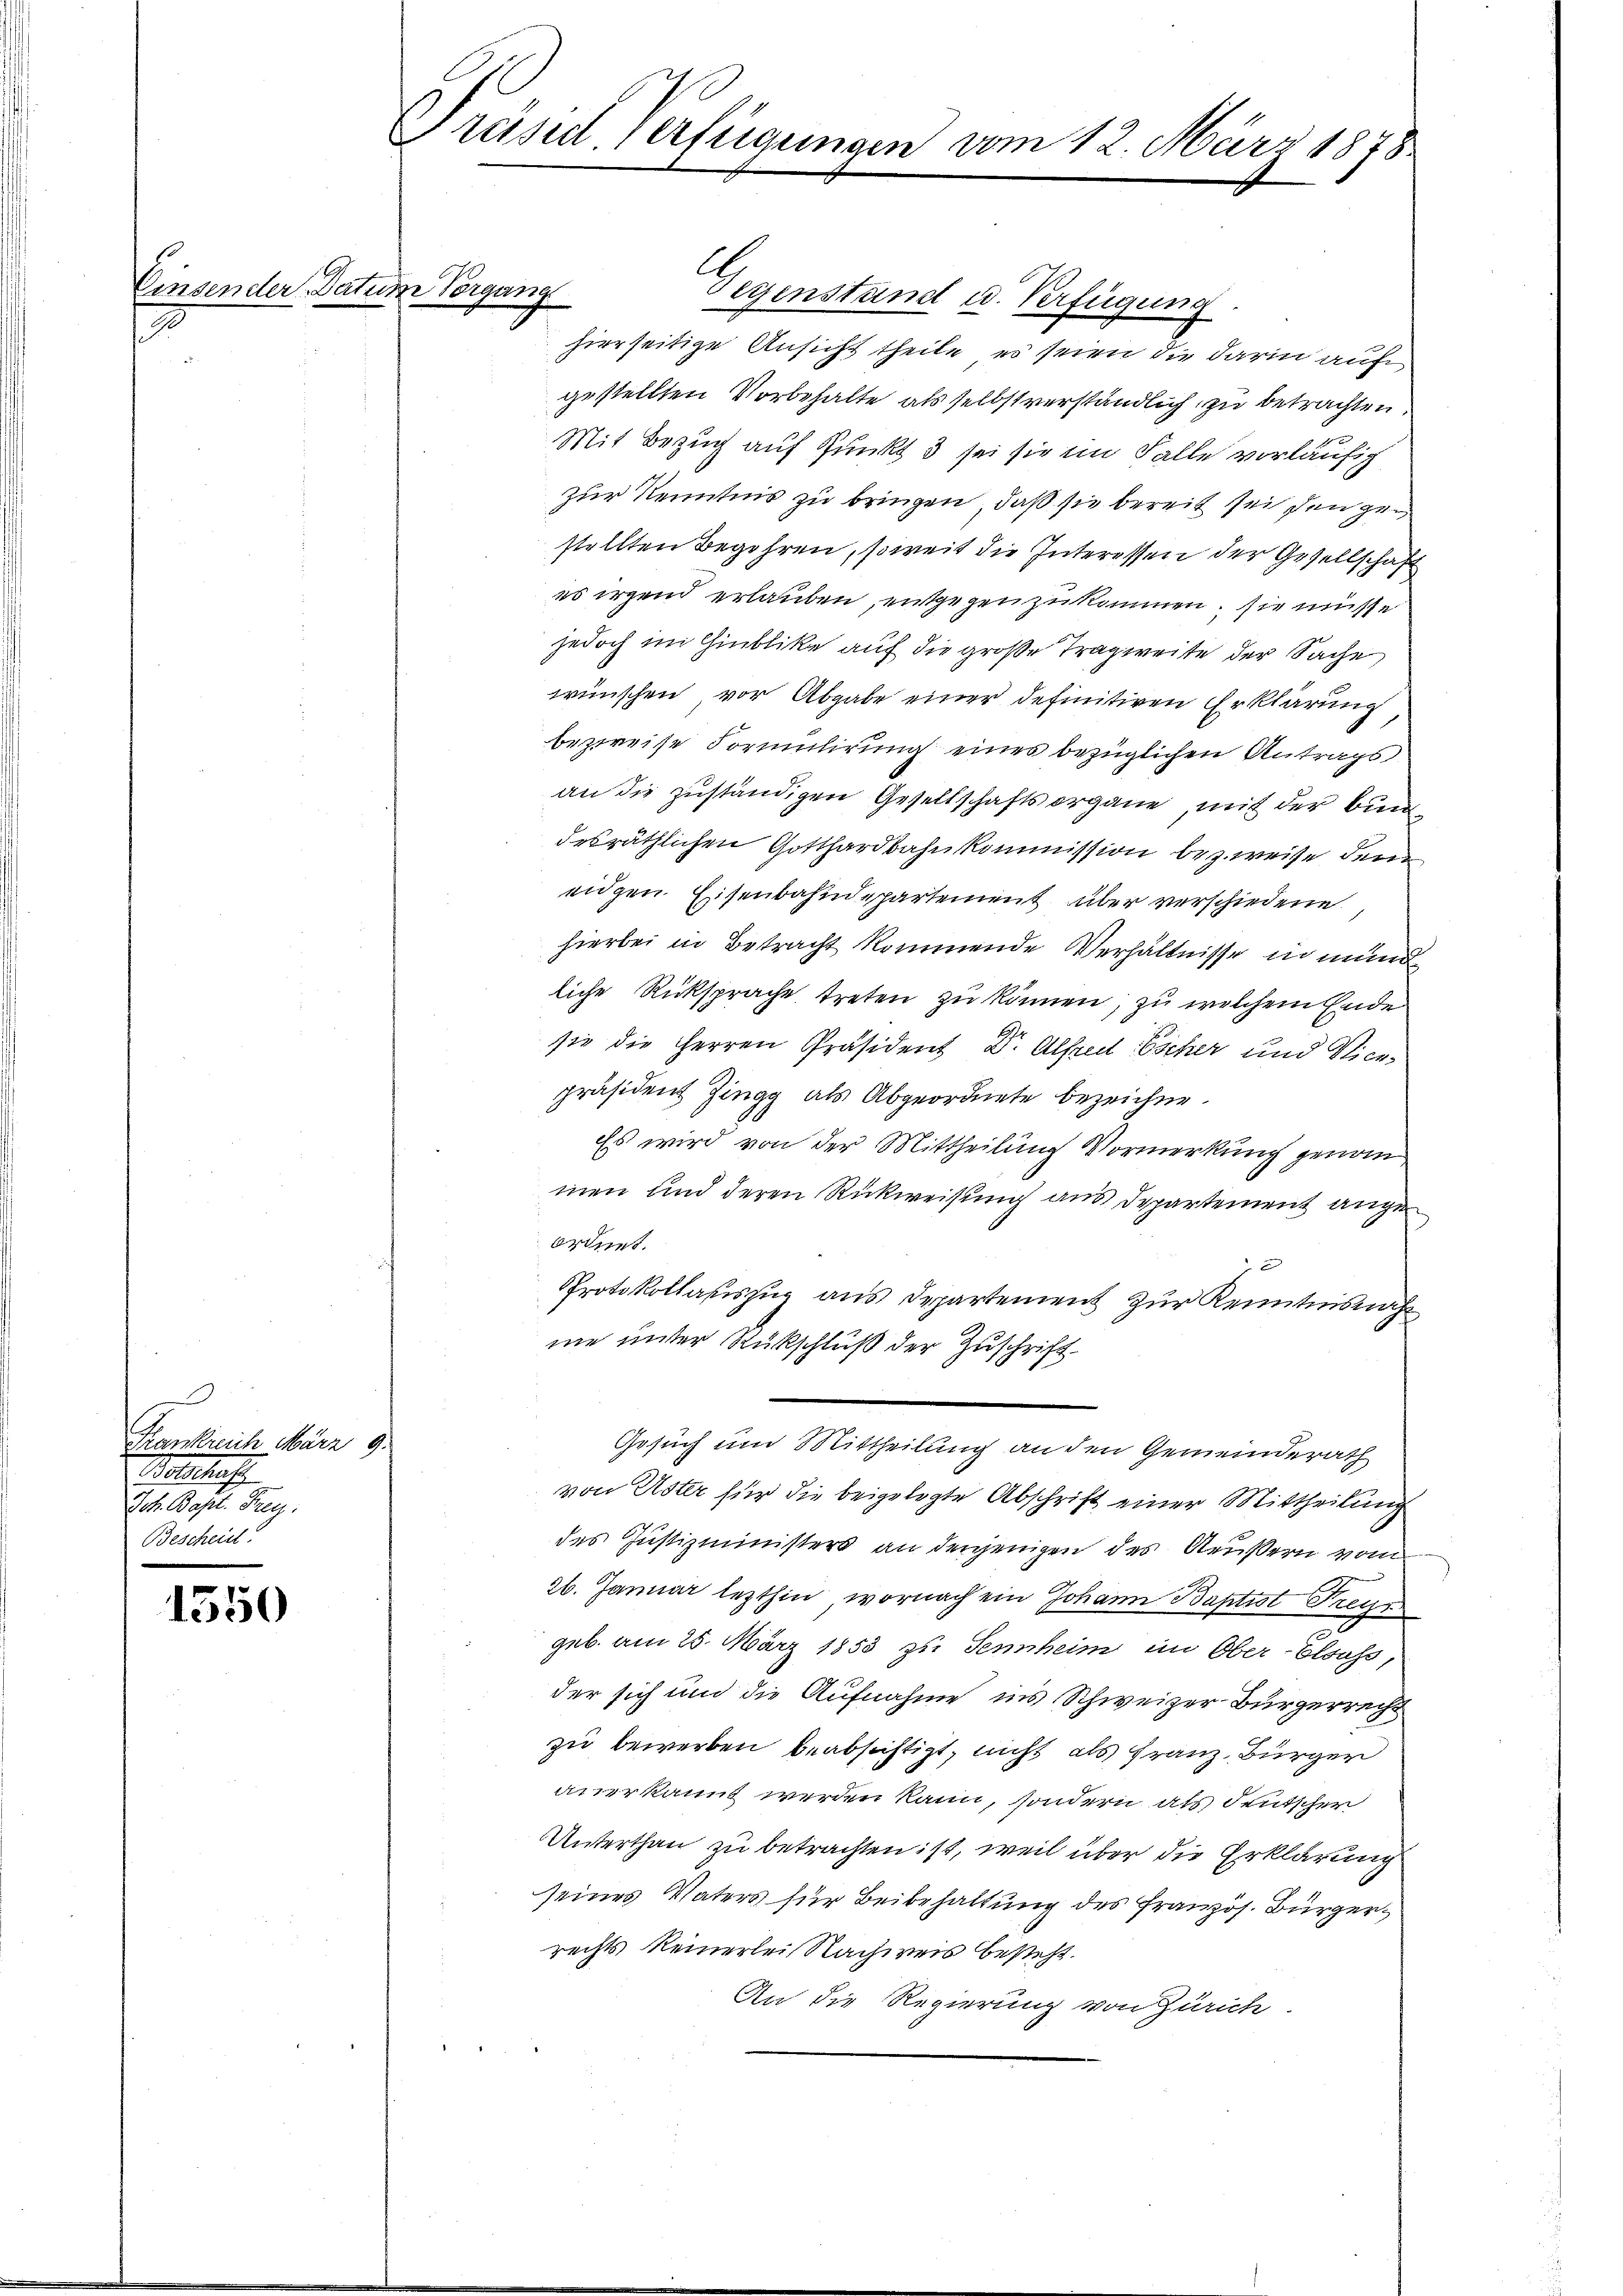
Einsender Datum Vorgang
s

1550

Frankreich März 9.
Wolthus
Jch. Bast. Frey.
Bescheint.

Präsid. Verfügungen vom 12. März 1878

Segenstand u. Verfügung
hierseitige Ansicht theile, es seien die darin auf
gestellten Vorbehalte, als selbst verständlich zu betrachten,
Mit Bezug auf Punkt 3 sei sie im Falle vorläufig
zur Kenntnis zu bringen, daß sie bereit sei den gestellten Begehren, soweit die Interessen der Gesellschaft
es irgend erlauben, entgegen zukommen, sie müsse
jedoch im Hinblike auf die große Tragweite der Sache
wünschen, vor Abgabe einer definitiven Erklärung
bezweise Formulirung eines bezüglichen Antrags
an die zuständigen Gesellschaftsorgane, mit der Bundesräthlichen Gotthardbahnkommission bezweise dem
eidgen. Eisenbahndepartement über verschiedene
hierbei in Betracht kommende Verhältnisse in mundliche Rüksprache treten zu können, zu welchem Ende
sie die Herren Präsident Dr. Alfred Escher und Vicepräsident Zingg als Abgeordnete bezeichne.
Es wird von der Mittheilung Vormerkung genom
men und deren Rückweisung aus Departement ange
ordnet.
je
Protokollauszug aus Departement zur Kenntnisnah
me unter Rückschluß der Zuschrift.
Gesuch und Mittheilung an den Gemeinderath
von Uster für die beigelegte Abschrift einer Mittheilung
des Justizministers an denjenigen des Aeußern vom
26. Januar lezthin, wornach ein Johann Baptist Freye
geb. am 25. März 1858 zu Sennheim im Ober-Elsass,
der sich und die Aufnahme ins Schweizer-Bürgerrecht
zu bewerben beabsichtigt, nicht als Franz, Bürger
anerkannt werden kann, sondern als deutscher
Unterthan zu betrachten ist, weil über die Erklärung
seines Vaters für Beibehaltung des Französ. Bürgerrechts keinerlei Nachweis besteht.
An die Regierung von Zürich.

A